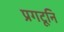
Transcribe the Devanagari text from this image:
प्रगटूनि